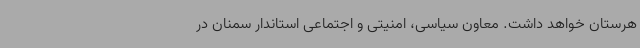
هرستان خواهد داشت.‌ معاون سیاسی، امنیتی و اجتماعی استاندار سمنان در